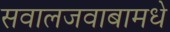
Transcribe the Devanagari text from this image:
सवालजवाबामधे